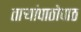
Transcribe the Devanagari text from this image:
ताऱ्यांपाठोपाठ